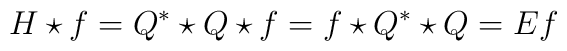
H\star f=  Q^*\star Q  \star f = f \star Q^*\star Q  =Ef